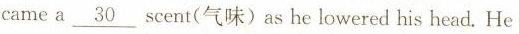
came a \underline{30} scent(气味)as he lowered his head.He